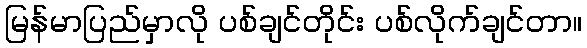
မြန်မာပြည်မှာလို ပစ်ချင်တိုင်း ပစ်လိုက်ချင်တာ။